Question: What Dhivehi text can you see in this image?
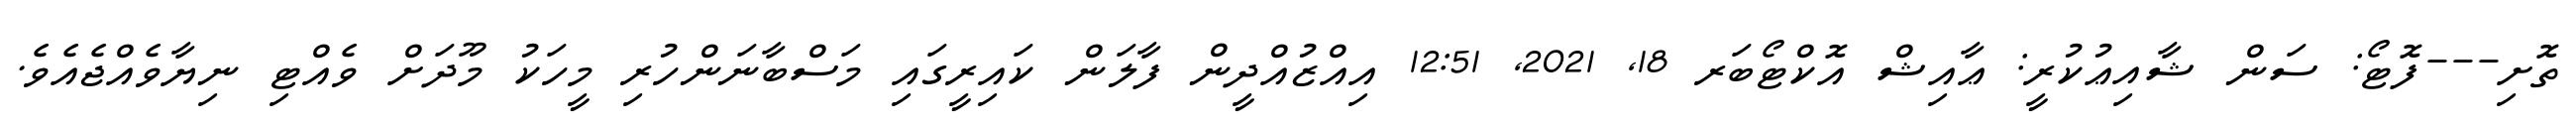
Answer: ތޮށި---ފޮޓޯ: ސަން ޝާއިޢުކުރީ: ޢާއިޝް އޮކްޓޯބަރ 18, 2021, 12:51 އިއްޒުއްދީން ފާލަން ކައިރީގައި މަސްބާނަންހުރި މީހަކު މޫދަށް ވެއްޓި ނިޔާވެއްޖެއެވެ.